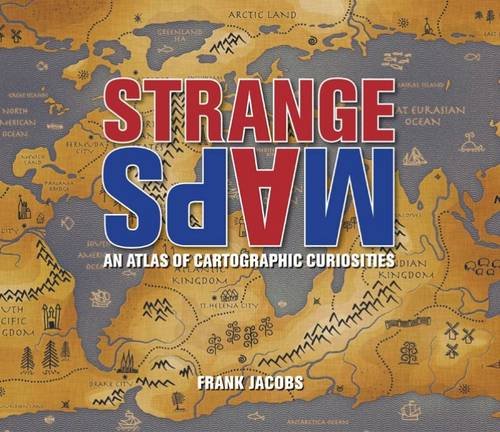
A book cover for Strange Maps: An Atlas of Cartographic Curiosities; Frank Jacobs; Science & Math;